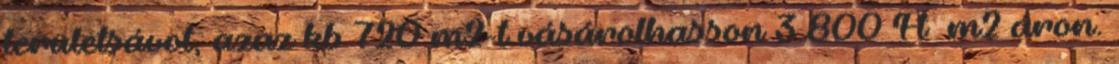
területsávot, azaz kb 720 m2-t vásárolhasson 3.800 Ft m2 áron.